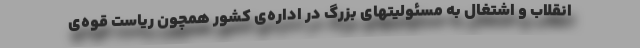
انقلاب و اشتغال به مسئولیتهای بزرگ در اداره‌ی کشور همچون ریاست قوه‌ی